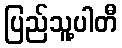
ပြည်သူ့ပါတီ